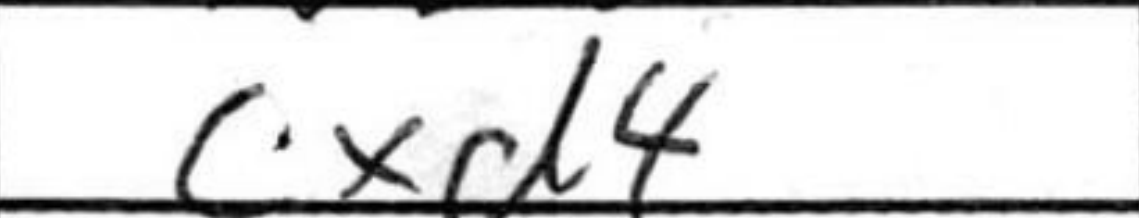
Transcription: cxd4